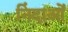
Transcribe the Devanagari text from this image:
निंदाओं